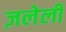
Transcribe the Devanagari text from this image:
ज़लेली